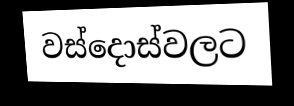
වස්දොස්වලට